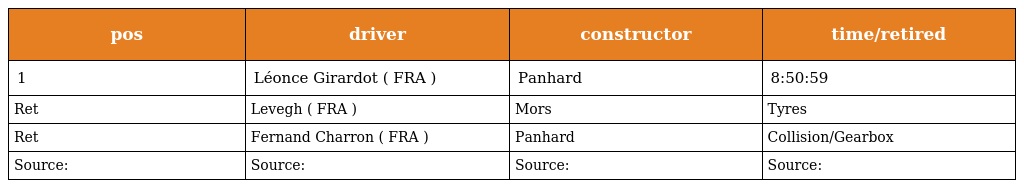
| pos | driver | constructor | time/retired |
 | --- | --- | --- | --- |
 | 1 | Léonce Girardot ( FRA ) | Panhard | 8:50:59 |
 | Ret | Levegh ( FRA ) | Mors | Tyres |
 | Ret | Fernand Charron ( FRA ) | Panhard | Collision/Gearbox |
 | Source: | Source: | Source: | Source: |